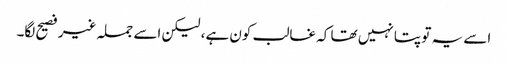
اسے یہ تو پتا نہیں تھا کہ غالب کون ہے، لیکن اسے جملہ غیر فصیح لگا۔